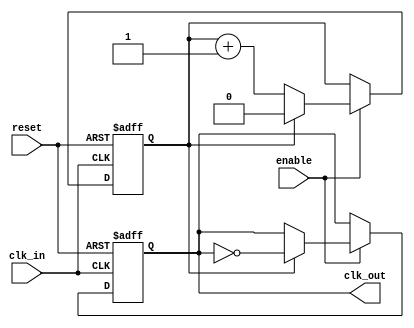
module clock_divider #(
    parameter DIV_FACTOR = 2  // Default division factor
)(
    input wire clk_in,        // Input clock signal
    input wire reset,         // Asynchronous reset signal
    input wire enable,        // Enable signal
    output reg clk_out        // Output clock signal
);

    // Internal counter
    reg [$clog2(DIV_FACTOR)-1:0] counter; // Counter to track input clock cycles

    // Always block triggered on the rising edge of clk_in
    always @(posedge clk_in or posedge reset) begin
        if (reset) begin
            // Reset the counter and output clock on reset
            counter <= 0;
            clk_out <= 1'b0; // Set output clock to known state (low)
        end else if (enable) begin
            // Increment the counter
            if (counter == DIV_FACTOR - 1) begin
                // Toggle the output clock when counter reaches DIV_FACTOR
                clk_out <= ~clk_out;
                counter <= 0; // Reset counter after toggling
            end else begin
                counter <= counter + 1; // Increment counter
            end
        end
    end

endmodule